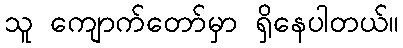
သူ ကျောက်တော်မှာ ရှိနေပါတယ်။